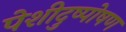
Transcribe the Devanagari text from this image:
पेशीदुष्पोषण